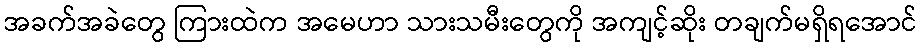
အခက်အခဲတွေ ကြားထဲက အမေဟာ သားသမီးတွေကို အကျင့်ဆိုး တချက်မရှိရအောင်